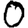
Digit: 0